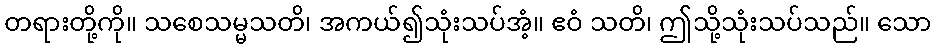
တရားတို့ကို။ သစေသမ္မသတိ၊ အကယ်၍သုံးသပ်အံ့။ ဧဝံ သတိ၊ ဤသို့သုံးသပ်သည်။ သော